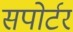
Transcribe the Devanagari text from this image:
सपोर्टर